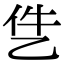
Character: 𪜓